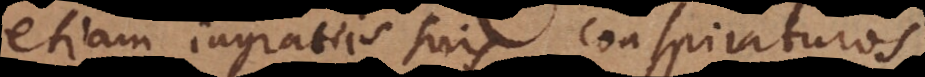
etiam ingratiis suis conspi